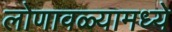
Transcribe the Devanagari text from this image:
लोणावळ्यामध्ये